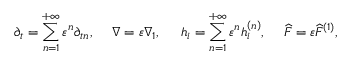
{ \partial _ { t } } = \sum _ { n = 1 } ^ { + \infty } { { \varepsilon ^ { n } } { \partial _ { t n } } , } \; \; \; \; \; \nabla = \varepsilon { \nabla _ { 1 } } , \; \; \; \; \; { h _ { i } } = \sum _ { n = 1 } ^ { + \infty } { { \varepsilon ^ { n } } h _ { i } ^ { \left( n \right) } , } \; \; \; \; \; \widehat F = \varepsilon { \widehat F ^ { \left( 1 \right) } } ,